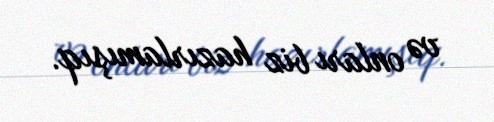
və onları biz hazırlamışıq.